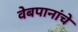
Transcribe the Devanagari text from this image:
वेबपानांचे